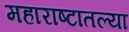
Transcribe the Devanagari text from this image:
महाराष्टातल्या